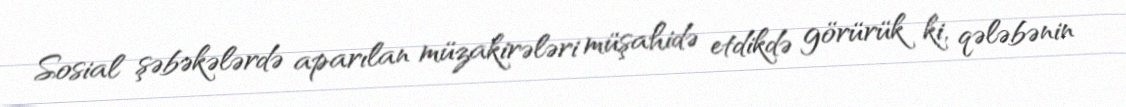
Sosial şəbəkələrdə aparılan müzakirələri müşahidə etdikdə görürük ki, qələbənin